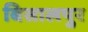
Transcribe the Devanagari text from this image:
बिसालपुर